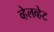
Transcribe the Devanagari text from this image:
व्हेलव्हेट